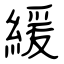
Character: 緩